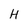
Character: H